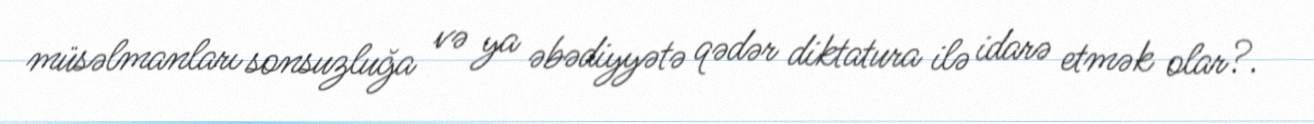
müsəlmanları sonsuzluğa və ya əbədiyyətə qədər diktatura ilə idarə etmək olar?.